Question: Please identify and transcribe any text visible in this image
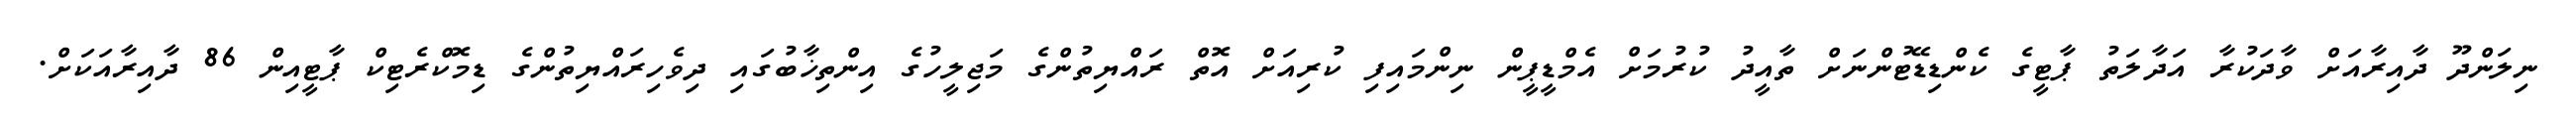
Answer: ނިލަންދޫ ދާއިރާއަށް ވާދަކުރާ އަދާލަތު ޕާޓީގެ ކެންޑިޑޭޓުންނަށް ތާއީދު ކުރުމަށް އެމްޑީޕީން ނިންމައިފި ކުރިއަށް އޮތް ރައްޔިތުންގެ މަޖިލީހުގެ އިންތިޚާބުގައި ދިވެހިރައްޔިތުންގެ ޑިމޮކްރެޓިކް ޕާޓީއިން 86 ދާއިރާއަކަށް.